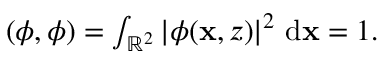
\begin{array} { r } { ( \phi , \phi ) = \int _ { \mathbb { R } ^ { 2 } } \left| \phi ( \mathbf { x } , z ) \right| ^ { 2 } \, \mathrm { d } \mathbf { x } = 1 . } \end{array}